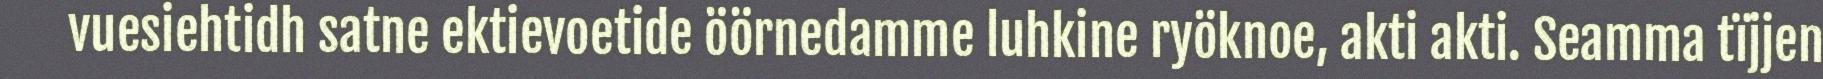
vuesiehtidh satne ektievoetide öörnedamme luhkine ryöknoe, akti akti. Seamma tïjjen